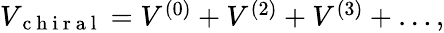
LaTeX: \begin{array}{r}{V_{\mathrm{~c~h~i~r~a~l~}}=V^{(0)}+V^{(2)}+V^{(3)}+\dots,}\end{array}